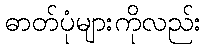
ဓာတ်ပုံများကိုလည်း